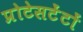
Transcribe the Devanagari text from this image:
प्रोटेसटेंटों